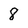
Character: 8